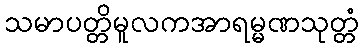
သမာပတ္တိမူလကအာရမ္မဏသုတ္တံ